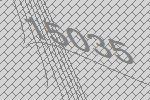
15035